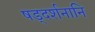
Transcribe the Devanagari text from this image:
षड्दर्शनानि